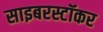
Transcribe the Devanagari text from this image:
साइबरस्टॉकर